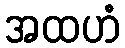
အထဟံ